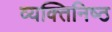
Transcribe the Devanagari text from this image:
व्यक्‍तिनिष्‍ठ